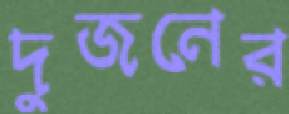
দুজনের